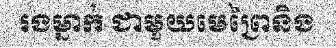
រងម្នាក់ ជាមួយមេព្រៃនិង